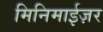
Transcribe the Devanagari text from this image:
मिनिमाईज़र